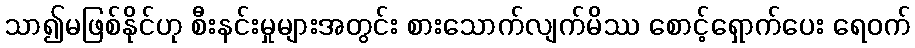
သာ၍မဖြစ်နိုင်ဟု စီးနင်းမှုများအတွင်း စားသောက်လျက်မိဿ စောင့်ရှောက်ပေး ရေဝက်